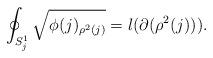
LaTeX: \begin{align*}\oint_{S_{j}^{1}}\sqrt{\phi (j)_{\rho ^{2}(j)}}=l(\partial (\rho ^{2}(j))).\end{align*}